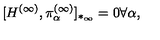
[ H ^ { ( \infty ) } , \pi _ { \alpha } ^ { ( \infty ) } ] _ { * _ { \infty } } = 0 \forall \alpha ,